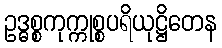
ဥဒ္ဓစ္စကုက္ကုစ္စပရိယုဋ္ဌိတေန